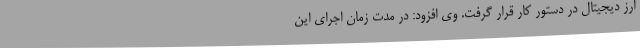
ارز دیجیتال در دستور کار قرار گرفت. وی افزود: در مدت زمان اجرای این